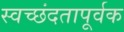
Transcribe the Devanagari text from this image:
स्वच्छंदतापूर्वक